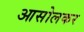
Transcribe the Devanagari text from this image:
आसोलकर